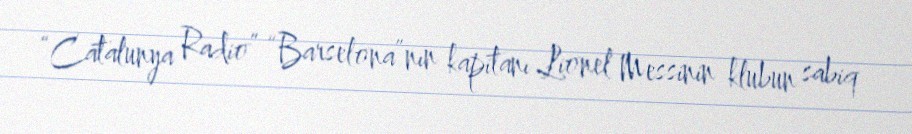
“Catalunya Radio” “Barselona”nın kapitanı Lionel Messinin klubun sabiq